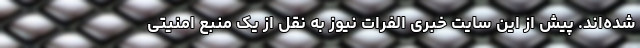
شده‌اند. پیش از این سایت خبری الفرات نیوز به نقل از یک منبع امنیتی